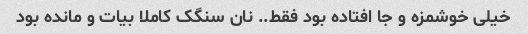
خیلی خوشمزه و جا افتاده بود فقط.. نان سنگک کاملا بیات و مانده بود